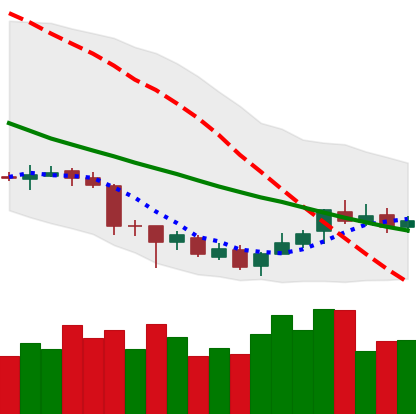
Ticker: XLM-USD
Chart end date: 2018-07-06
Forward return: -8.178%
Label: down_7plus